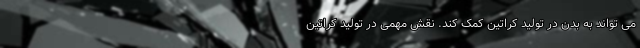
می تواند به بدن در تولید کراتین کمک کند. نقش مهمی در تولید کراتین